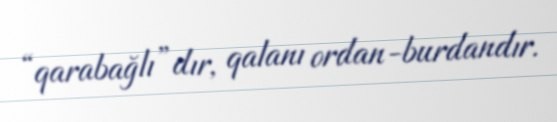
“qarabağlı”dır, qalanı ordan-burdandır.